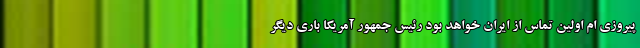
پیروزی ام اولین تماس از ایران خواهد بود رئیس جمهور آمریکا باری دیگر